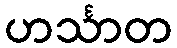
ဟင်္သာတ